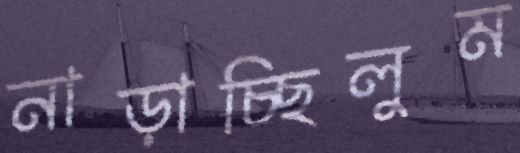
নাড়াচ্ছিলুম